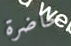
حاضرة